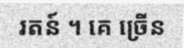
រតន៍ ។ គេ ច្រើន